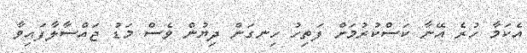
އެކަމާ ހުރެ އޭނާ ކަސްކުރުމަށް ފަތިހު ހިނގަން ދިޔުން ވެސް މަޑު ޖައްސާލާފައިވާ